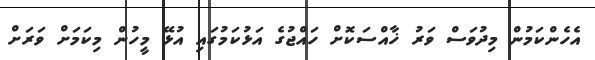
އެހެންކަމުން މިދުވަސް ވަރު ޚާއްސަކޮށް ހައްޖުގެ އަޅުކަމުގައި އުޅޭ މީހުން މިކަމަށް ވަރަށް